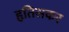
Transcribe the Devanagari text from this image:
हृतिसकर